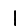
Digit: 1